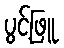
ပွင့်ဖြူ